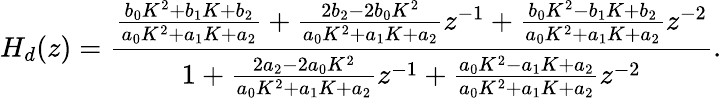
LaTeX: H_{d}(z)={\frac{{\frac{b_{0}K^{2}+b_{1}K+b_{2}}{a_{0}K^{2}+a_{1}K+a_{2}}}+{\frac{2b_{2}-2b_{0}K^{2}}{a_{0}K^{2}+a_{1}K+a_{2}}}z^{-1}+{\frac{b_{0}K^{2}-b_{1}K+b_{2}}{a_{0}K^{2}+a_{1}K+a_{2}}}z^{-2}}{1+{\frac{2a_{2}-2a_{0}K^{2}}{a_{0}K^{2}+a_{1}K+a_{2}}}z^{-1}+{\frac{a_{0}K^{2}-a_{1}K+a_{2}}{a_{0}K^{2}+a_{1}K+a_{2}}}z^{-2}}}.